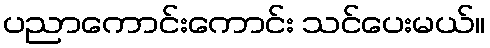
ပညာကောင်းကောင်း သင်ပေးမယ်။